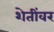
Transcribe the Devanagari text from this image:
शेतींवर